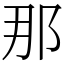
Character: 那